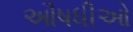
ઔષધીઓ